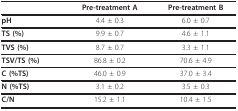
<table><thead><tr><td></td><td><b>Pre-treatment A</b></td><td><b>Pre-treatment B</b></td></tr></thead><tbody><tr><td><b>pH</b></td><td>4.4 ± 0.3</td><td>6.0 ± 0.7</td></tr><tr><td><b>TS (%)</b></td><td>9.9 ± 0.7</td><td>4.6 ± 1.1</td></tr><tr><td><b>TVS (%)</b></td><td>8.7 ± 0.7</td><td>3.3 ± 1.1</td></tr><tr><td><b>TSV/TS (%)</b></td><td>86.8 ± 0.2</td><td>70.6 ± 4.9</td></tr><tr><td><b>C (%TS)</b></td><td>46.0 ± 0.9</td><td>37.0 ± 3.4</td></tr><tr><td><b>N (%TS)</b></td><td>3.1 ± 0.2</td><td>3.5 ± 0.3</td></tr><tr><td><b>C/N</b></td><td>15.2 ± 1.1</td><td>10.4 ± 1.5</td></tr></tbody></table>